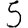
Digit: 5